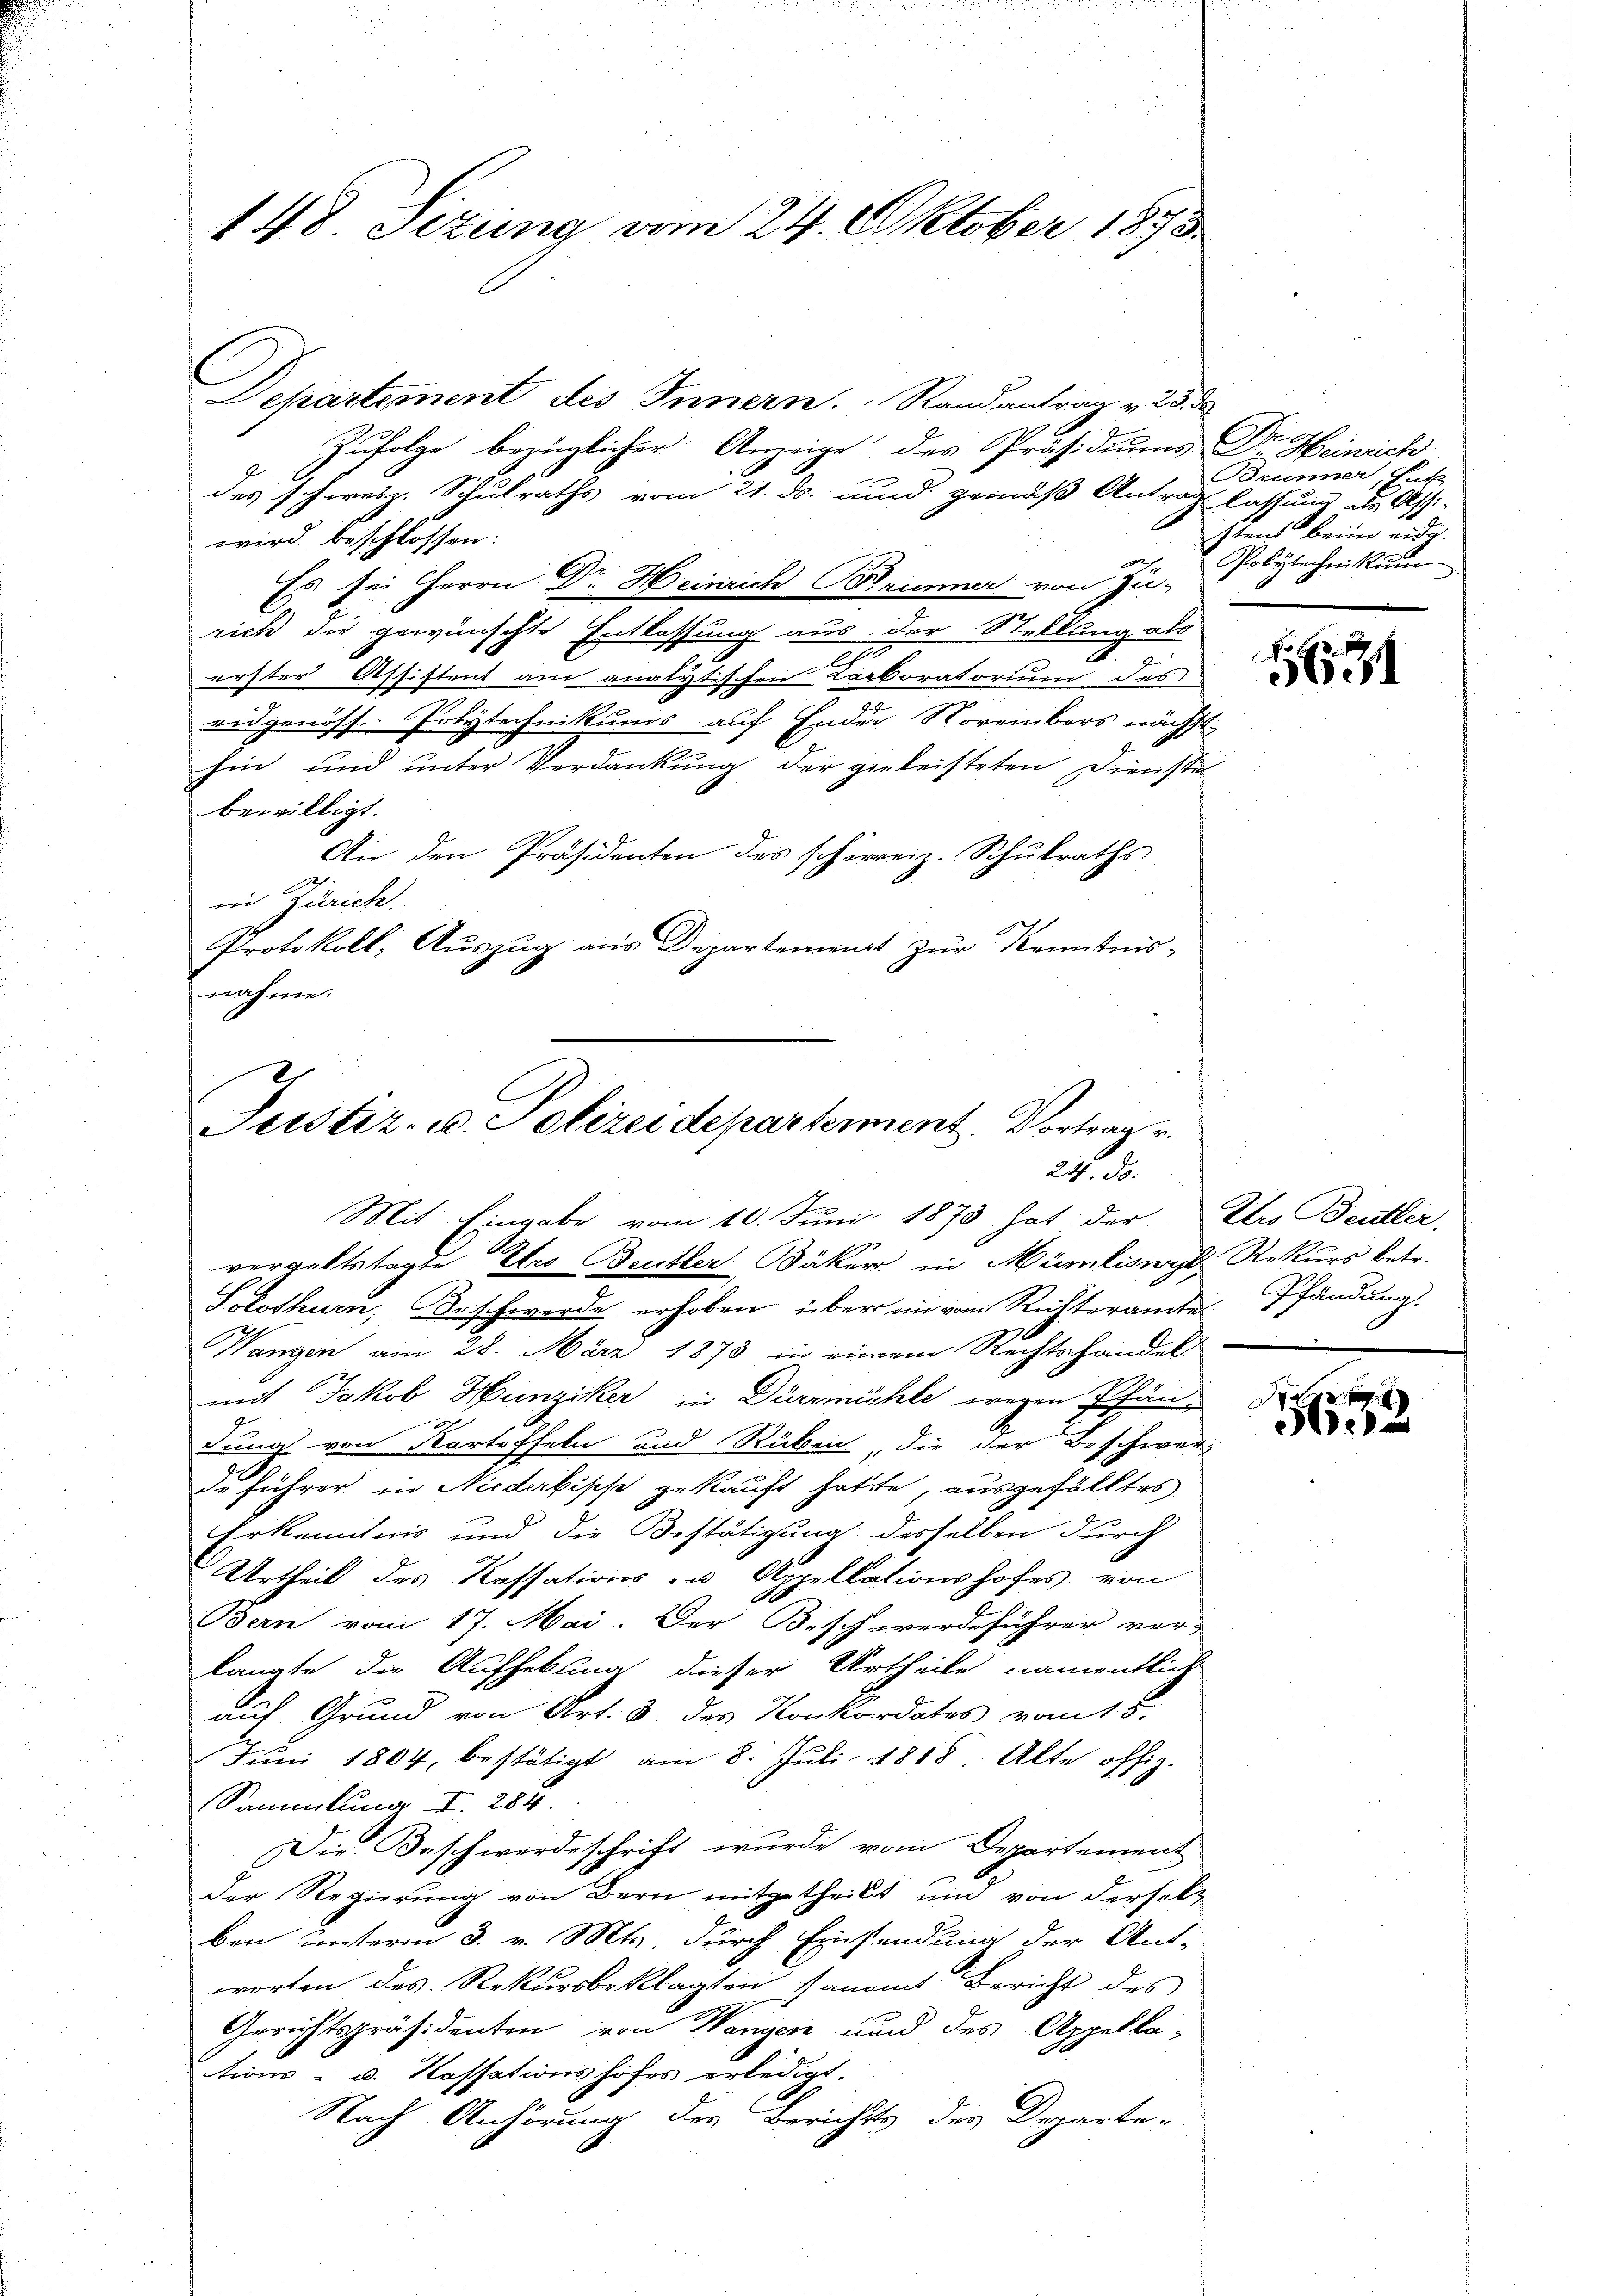
148. Sizung vom 24. Oktober 1873.

Departement des Innern. Randantrag v. 23. ds
Zufolge bezüglicher Anzeige des Präsidiums Dr. Heinrich
des schweiz. Schulraths vom 21. ds. und gemäß Antrag lassung als Assi-
wird beschlossen:
Es sei Herrn Dr. Heinrich Brunner von Zu-
rich die gewünschte Entlassung aus der Stellung als
n
erster Assistent am analytischen Karboratorium des
eidgenöss. Polytechnikums auf Ender Novembers nächst
hin und unter Verdankung der geleisteten Dienste
bewilligt:
An den Präsidenten des schweiz. Schulraths
in Zürich.
Protokoll, Auszug aus Departement zur Kenntnis-
nahme.

Justiz- u. Polizei departement. Vortrag v.
2. d.
Mit Eingabe vom 10. Juni 1873 hat der Iro Beutter,
vergeltstagte Pro Beutter Bäker in Mümliswyl, Rekurs betr.

Brunner, Ent
stens beim eidg.
Polytechnikum

Solothurn, Beschwerde erhoben, über ein vom Richteramte Pfändung.
Wangen am 28. März 1873 in einem Rechtshandel
mit Jakob Hunziker in Dürzmühle wegen Pfän-
dung von Kartoffeln und Rüben, die der Beschwer-
de führer in Niederkische gekauft hatte, ausgefälltes
Erkenntnis und die Bestätigung desselben durch
Urtheil des Kassations- u Appellationshofes, von
Bern vom 17. Mai. Der Beschwerdeführer ver-
langte die Aufhebung dieser Urtheile namentlich
auf Grund von Art. 3 des Konkordates vom 15.
 Jŭni 1804, bestätigt am 8. Jŭli 1818. Alte offiz.
Sammlung I. 284.
Die Beschwerdeschrift wurde vom Departement
der Regierung von Bern mitgetheilt und von derselb
ben unterm 3. v. Mts. durch Einsendung der Ant-
worten des Rekursbeklagten sammt Bericht des
Gerichtspräsidenten von Wangen und des Appella-
tions- u. Kassationshofes erledigt.
Nach Anhörung des Berichts des Departe

.
r
obel

d

e
e